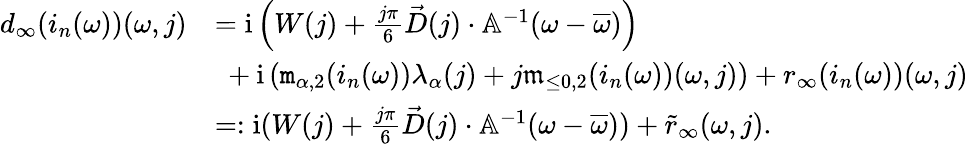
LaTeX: \begin{array}{rl}{d_{\infty}(i_{n}(\omega))(\omega,j)}&{=\mathrm{i}\left(W(j)+\frac{j\pi}{6}\vec{D}(j)\cdot\mathbb{A}^{-1}(\omega-\overline{{\omega}})\right)}\\ &{\ +\mathrm{i}\left(\mathtt{m}_{\alpha,2}(i_{n}(\omega))\lambda_{\alpha}(j)+j\mathfrak{m}_{\le 0,2}(i_{n}(\omega))(\omega,j)\right)+r_{\infty}(i_{n}(\omega))(\omega,j)}\\ &{=:\mathrm{i}(W(j)+\frac{j\pi}{6}\vec{D}(j)\cdot\mathbb{A}^{-1}(\omega-\overline{{\omega}}))+\tilde{r}_{\infty}(\omega,j).}\end{array}